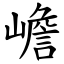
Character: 嶦